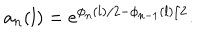
a _ { n } ( l ) = e ^ { \phi _ { n } ( l ) / 2 - \phi _ { n - 1 } ( l ) / 2 } .